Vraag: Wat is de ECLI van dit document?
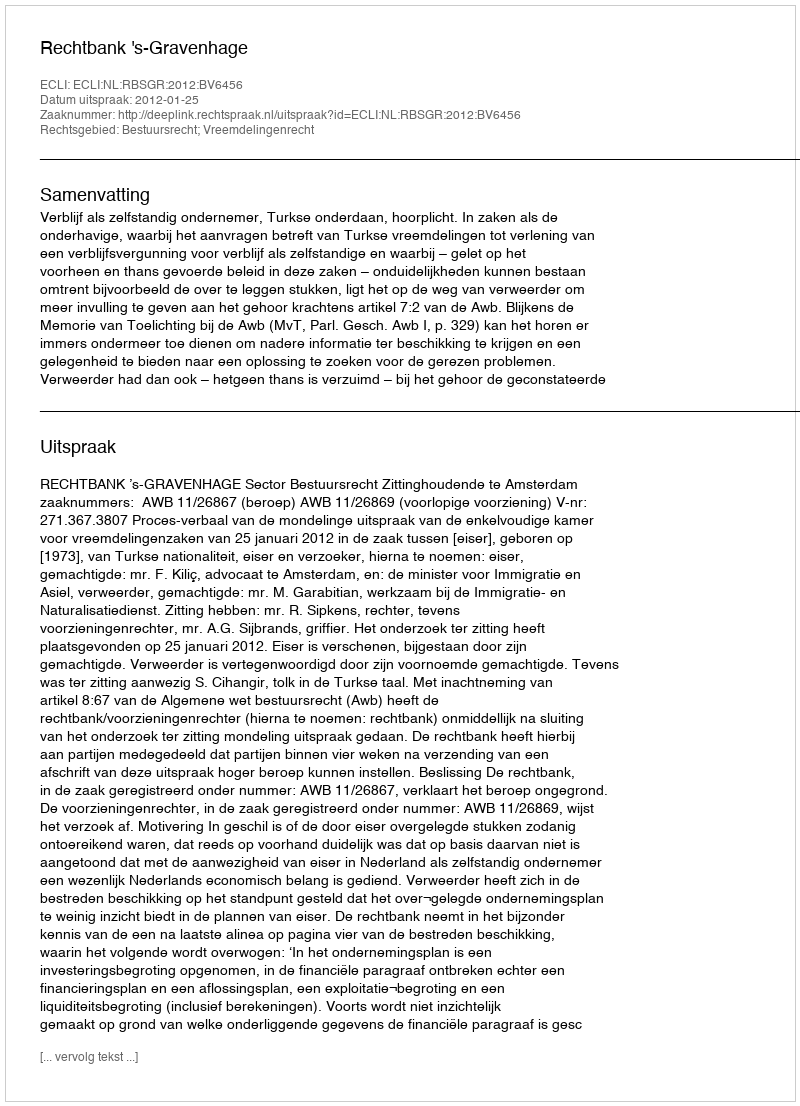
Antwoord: ECLI:NL:RBSGR:2012:BV6456